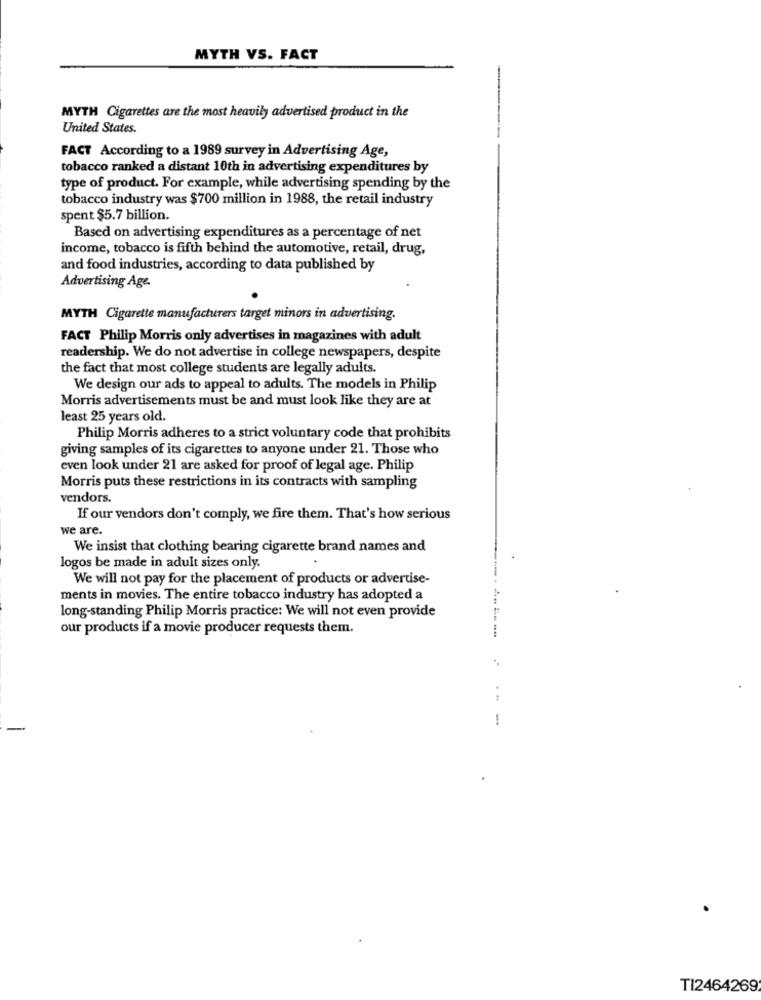
MYTH VS. FACT
MYTH Cigarettes are the most heavily advertised product in the
United States.
FACT According to a 1989 survey in Advertising Age,
tobacco ranked a distant 10th in advertising expenditures by
type of product. For example, while advertising spending by the
tobacco industry was $700 million in 1988, the retail industry
spent $5.7 billion.
Based on advertising expenditures as a percentage of net
income, tobacco is fifth behind the automotive, retail, drug,
and food industries, according to data published by
Advertising Age.
MYTH Cigarette manufacturers target minors in advertising.
FACT Philip Morris only advertises in magazines with adult
readership. We do not advertise in college newspapers, despite
the fact that most college students are legally adults.
We design our ads to appeal to adults. The models in Philip
Morris advertisements must be and must look like they are at
least 25 years old.
Philip Morris adheres to a strict voluntary code that prohibits
giving samples of its cigarettes to anyone under 21. Those who
even look under 21 are asked for proof of legal age. Philip
Morris puts these restrictions in its contracts with sampling
vendors.
If our vendors don't comply, we fire them. That's how serious
we are.
We insist that clothing bearing cigarette brand names and
logos be made in adult sizes only.
We will not pay for the placement of products or advertise-
ments in movies. The entire tobacco industry has adopted a
long-standing Philip Morris practice: We will not even provide
our products if a movie producer requests them.
TI2464269